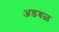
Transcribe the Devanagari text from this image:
अडवळ